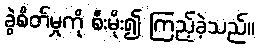
ခွဲစိတ်မှုကို စီးမိုး၍ ကြည့်ခဲ့သည်။